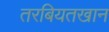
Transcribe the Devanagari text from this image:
तरबियतखान